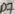
Text: D7